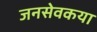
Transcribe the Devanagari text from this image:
जनसेवकया